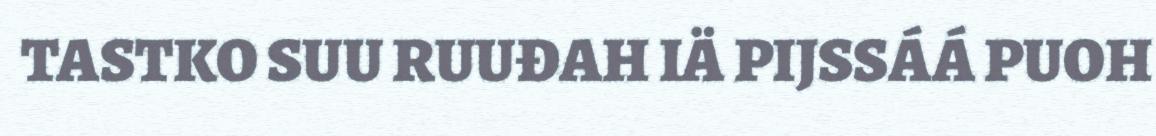
TASTKO SUU RUUĐAH IÄ PIJSSÁÁ PUOH